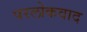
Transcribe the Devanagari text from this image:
परलोकवाद